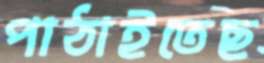
পাঠাইতেছ